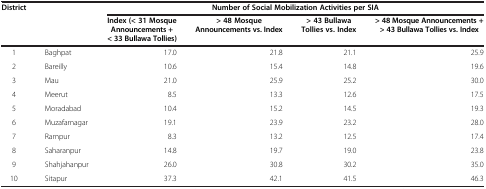
<table><thead><tr><td rowspan="2"><b>District</b></td><td rowspan="2"><b> </b></td><td colspan="4"><b>Number of Social Mobilization Activities per SIA</b></td></tr><tr><td><b>Index (&lt; 31 Mosque Announcements + &lt; 33 Bullawa Tollies)</b></td><td><b>&gt; 48 Mosque Announcements vs. Index</b></td><td><b>&gt; 43 Bullawa Tollies vs. Index</b></td><td><b>&gt; 48 Mosque Announcements + &gt; 43 Bullawa Tollies vs. Index</b></td></tr></thead><tbody><tr><td>1</td><td>Baghpat</td><td>17.0</td><td>21.8</td><td>21.1</td><td>25.9</td></tr><tr><td>2</td><td>Bareilly</td><td>10.6</td><td>15.4</td><td>14.8</td><td>19.6</td></tr><tr><td>3</td><td>Mau</td><td>21.0</td><td>25.9</td><td>25.2</td><td>30.0</td></tr><tr><td>4</td><td>Meerut</td><td>8.5</td><td>13.3</td><td>12.6</td><td>17.5</td></tr><tr><td>5</td><td>Moradabad</td><td>10.4</td><td>15.2</td><td>14.5</td><td>19.3</td></tr><tr><td>6</td><td>Muzafarnagar</td><td>19.1</td><td>23.9</td><td>23.2</td><td>28.0</td></tr><tr><td>7</td><td>Rampur</td><td>8.3</td><td>13.2</td><td>12.5</td><td>17.4</td></tr><tr><td>8</td><td>Saharanpur</td><td>14.8</td><td>19.7</td><td>19.0</td><td>23.8</td></tr><tr><td>9</td><td>Shahjahanpur</td><td>26.0</td><td>30.8</td><td>30.2</td><td>35.0</td></tr><tr><td>10</td><td>Sitapur</td><td>37.3</td><td>42.1</td><td>41.5</td><td>46.3</td></tr></tbody></table>